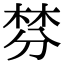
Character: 棼